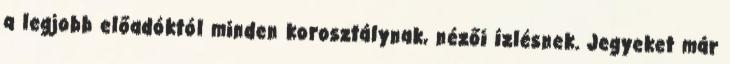
a legjobb előadóktól minden korosztálynak, nézői ízlésnek. Jegyeket már